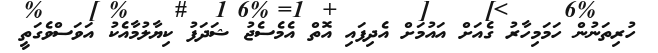
ހުރިތަނުން ހަމަމިހާރު ގެއަށް އައުމަށް އެދިފައި އޮތް އެމެސެޖު ޝަދަފު ކިޔާލުމާއެކު އަވަސްވެގަތީ